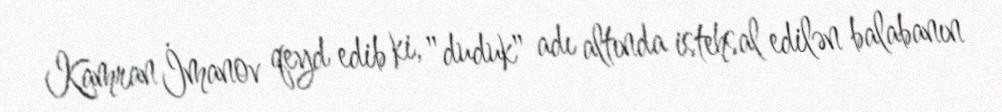
Kamran İmanov qeyd edib ki, "duduk" adı altında istehsal edilən balabanın